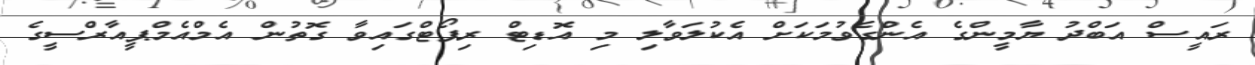
ރައީސް އަބްދު ޔާމީންގެ އެންގެވުމަކަށް އެކުލަވާލި މި އޮޑިޓް ރިޕޯޓްގައިވާ ގޮތުން އެމްއެމްޕީއާރްސީގެ